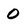
Character: 0